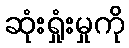
ဆုံးရှုံးမှုကို